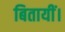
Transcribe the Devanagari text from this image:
बितायीं।